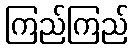
ကြည်ကြည်